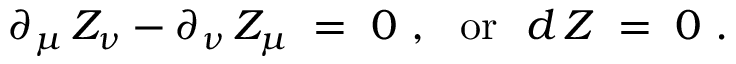
\partial _ { \mu } \, Z _ { \nu } - \partial _ { \nu } \, Z _ { \mu } \; = \; 0 ~ , ~ ~ \mathrm { o r ~ } ~ d \, Z \; = \; 0 ~ .